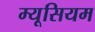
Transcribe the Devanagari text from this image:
म्यूसियम